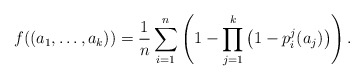
\begin{align*}f((a_1,\ldots, a_k))=\frac{1}{n}\sum\limits_{i=1}^n\left(1-\prod\limits_{j=1}^k\left(1-p_i^j(a_j)\right)\right).\end{align*}